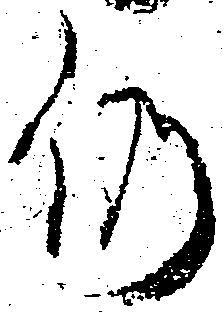
仍